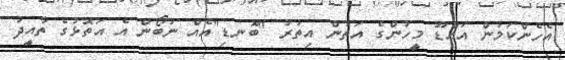
އެހެންކަމުން އައްޑޫ މީހުންގެ އަތުން އިތުރު "ބޮނޑި"އެއް ނުބޯން އެ އަތޮޅުގެ ތާއީދު